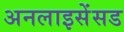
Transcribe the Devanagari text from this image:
अनलाइसेंसड